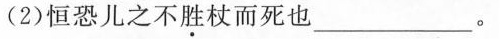
(1)年十许______。